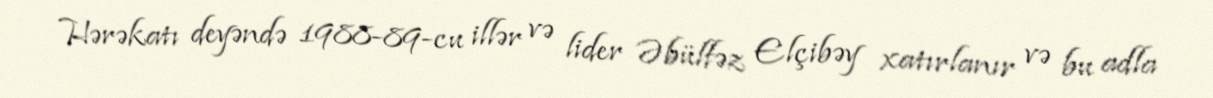
Hərəkatı deyəndə 1988-89-cu illər və lider Əbülfəz Elçibəy xatırlanır və bu adla